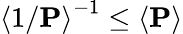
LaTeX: \left<1/\mathbf{P}\right>^{-1}\le\left<\mathbf{P}\right>